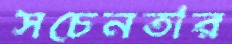
সচেনতার